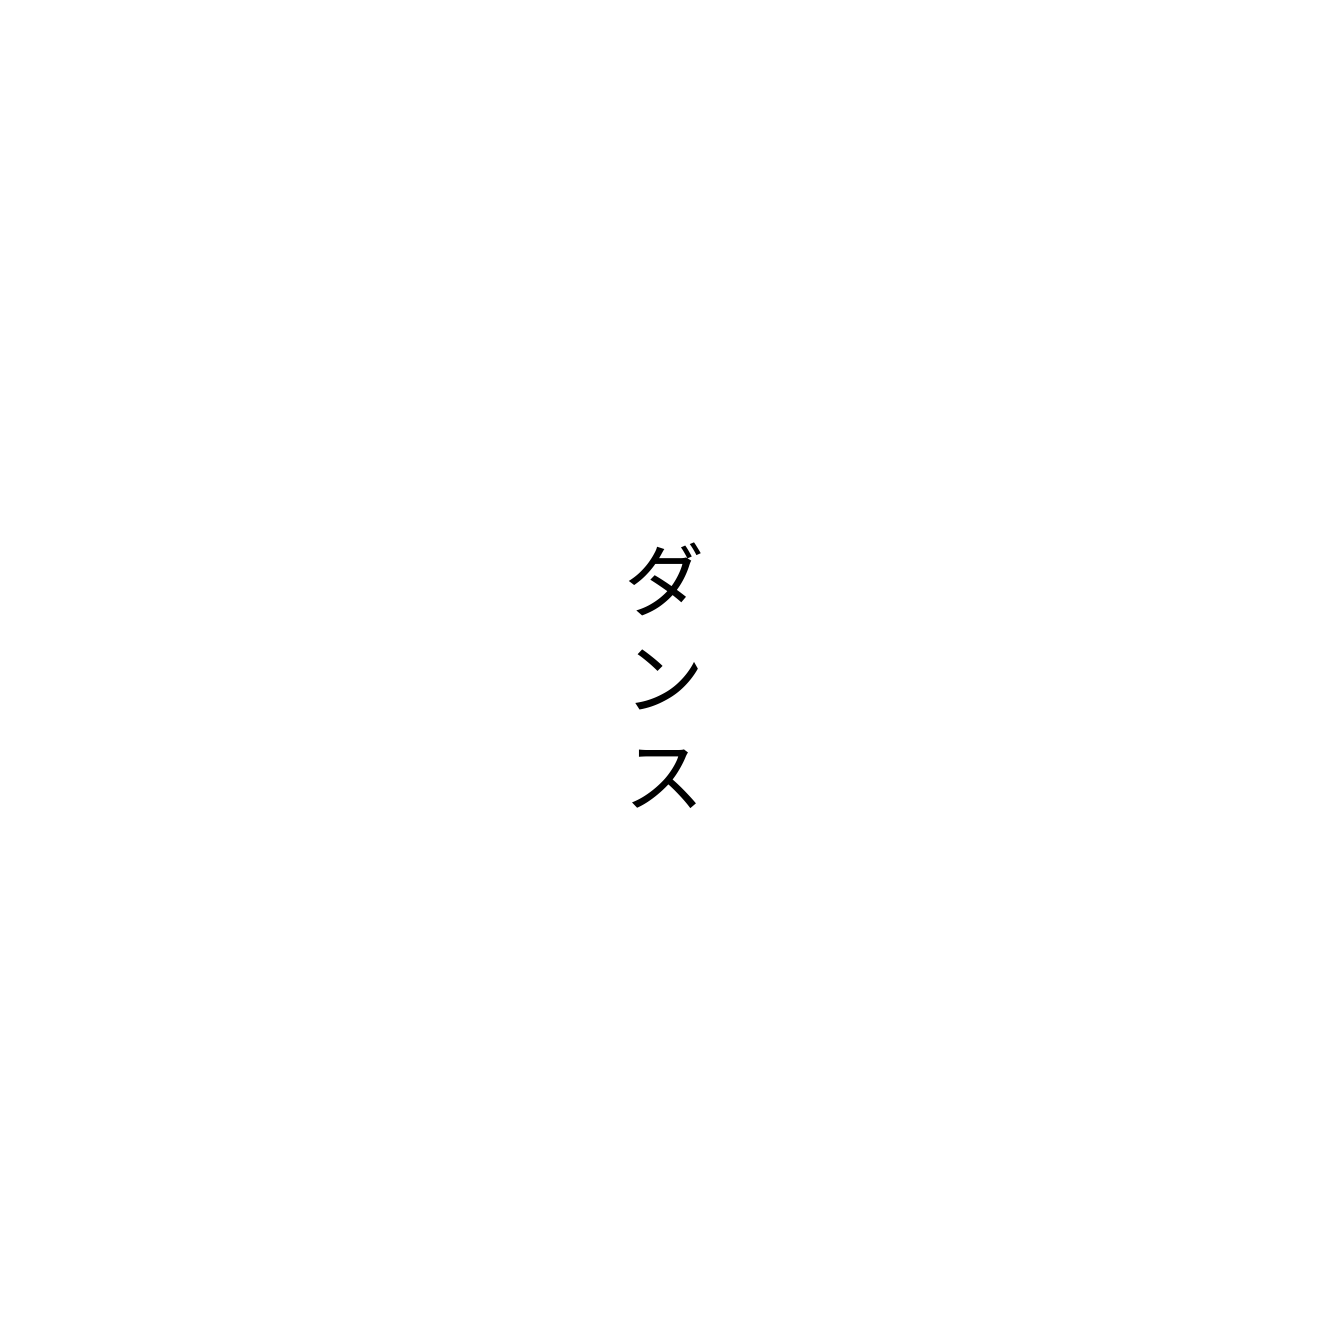
ダンス